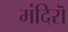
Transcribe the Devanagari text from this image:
मंदिरॊ